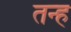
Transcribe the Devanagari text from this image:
तन्ह